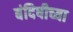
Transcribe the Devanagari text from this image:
बंदिषीच्या